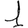
Digit: 1